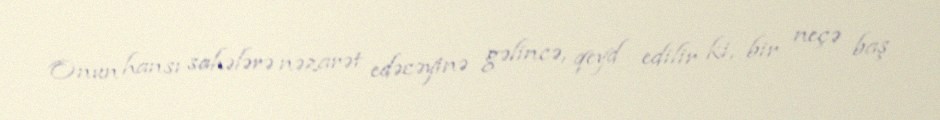
Onun hansı sahələrə nəzarət edəcəyinə gəlincə, qeyd edilir ki, bir neçə baş